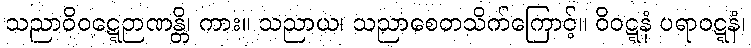
သညာဝိဝဋ္ဋေဉာဏန္တိ၊ ကား။ သညာယ၊ သညာစေတသိက်ကြောင့်။ ဝိဝဋ္ဋနံ ပရာဝဋ္ဋနံ၊